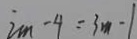
2 m - 4 = 3 m - 1